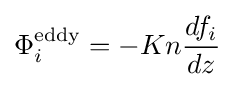
\Phi _{i}^{\text{eddy}}=-Kn{\frac {df_{i}}{dz}}